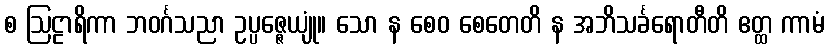
စ ဩဠာရိကာ ဘဝင်္ဂသညာ ဥပ္ပဇ္ဇေယျုံ။ သော န စေဝ စေတေတိ န အဘိသင်္ခရောတီတိ ဧတ္ထ ကာမံ